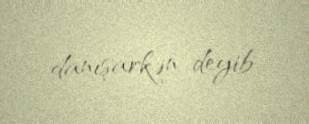
danışarkən deyib.